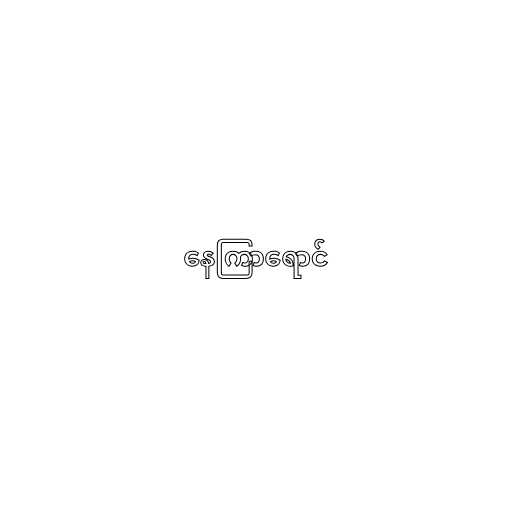
နေကြာရောင်